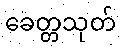
ခေတ္တသုတ်